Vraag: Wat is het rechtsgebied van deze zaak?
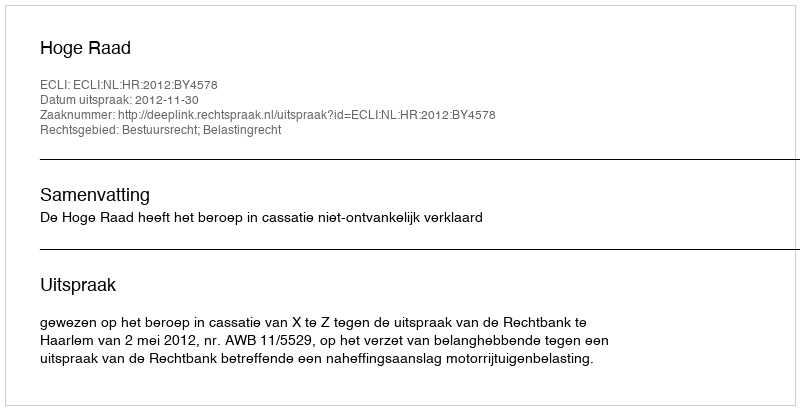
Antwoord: Bestuursrecht; Belastingrecht